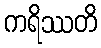
ကရိဿတိ